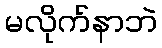
မလိုက်နာဘဲ